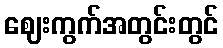
ဈေးကွက်အတွင်းတွင်